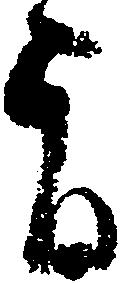
旨